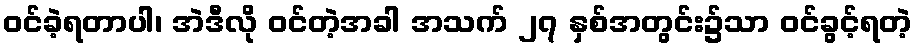
ဝင်ခဲ့ရတာပါ၊ အဲဒီလို ဝင်တဲ့အခါ အသက် ၂၇ နှစ်အတွင်း၌သာ ဝင်ခွင့်ရတဲ့